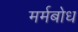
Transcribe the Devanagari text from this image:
मर्मबोध